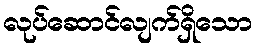
လုပ်ဆောင်လျက်ရှိသော